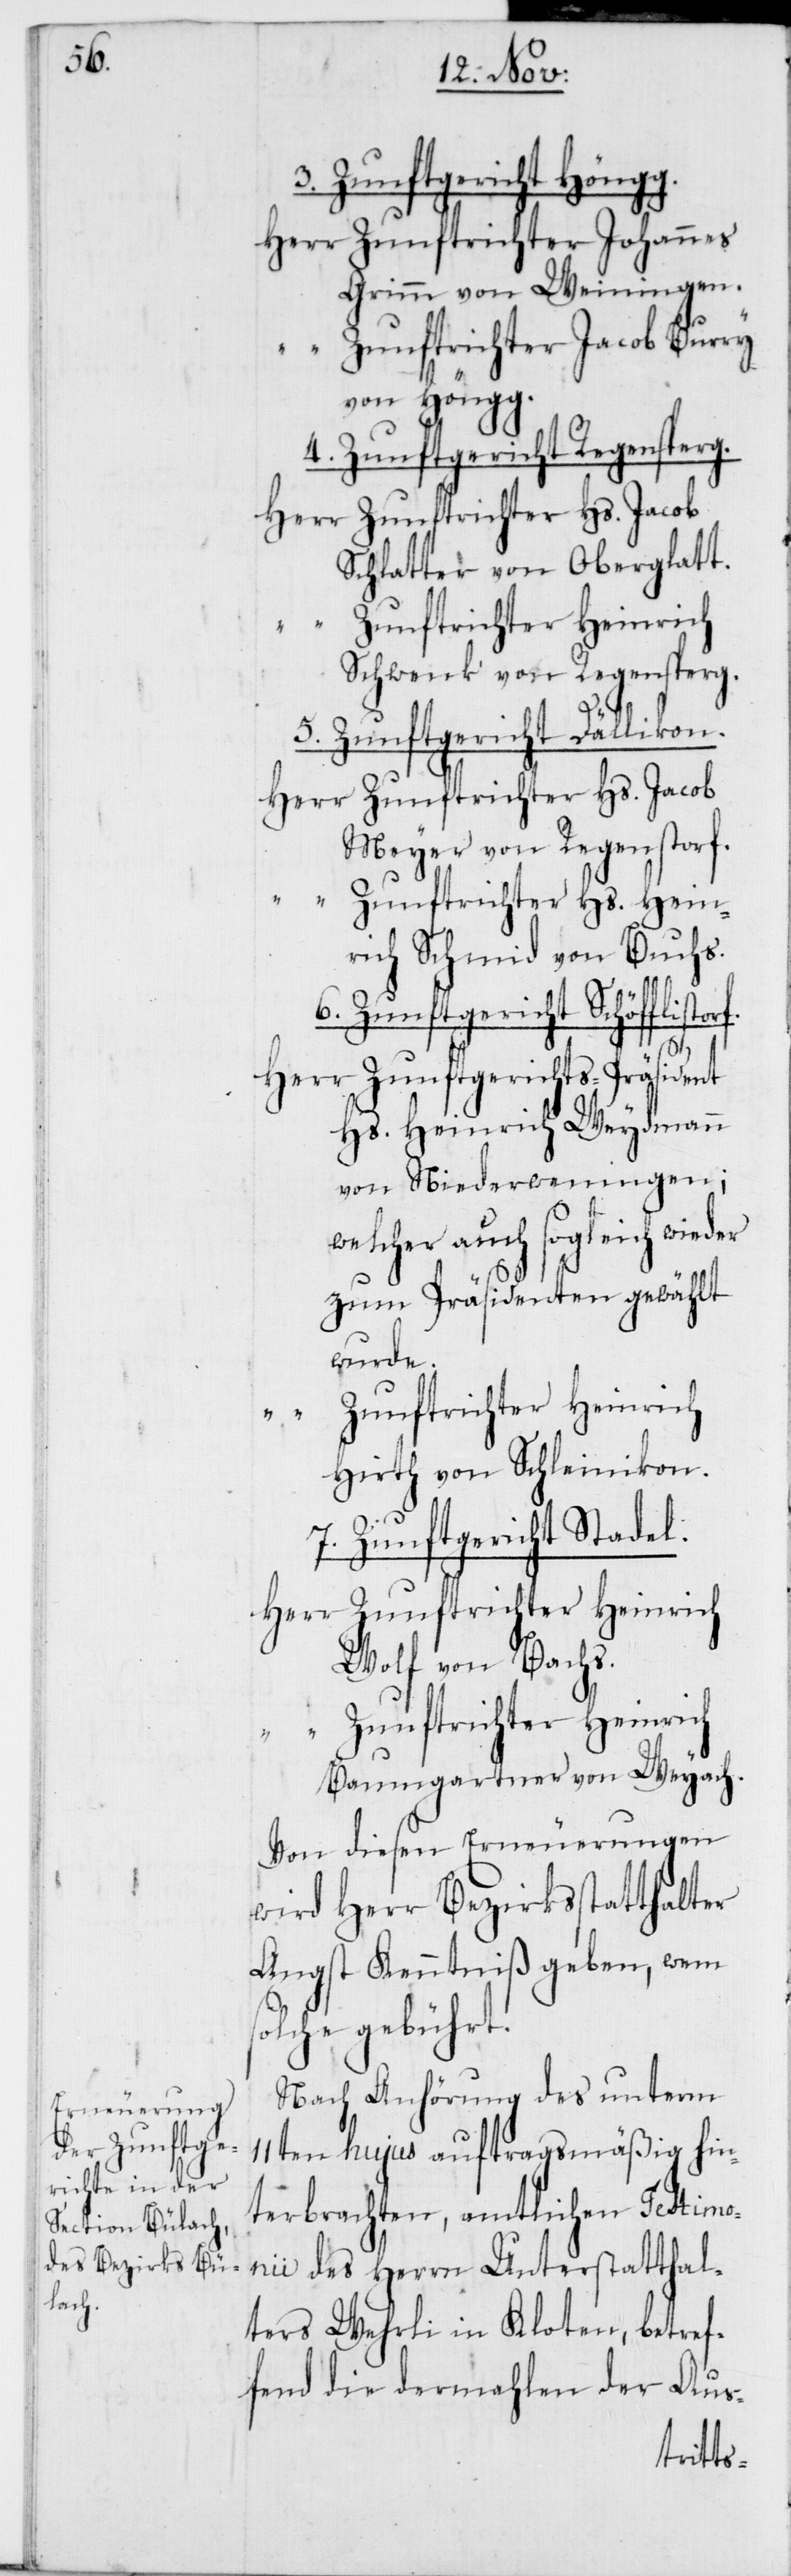
3. Zunftgericht Höngg.
Zunftrichter Johannes
Grimm von Weiningen.
Zunftrichter Jacob Burry
von Höngg.
4. Zunftgericht Regensperg.
Zunftrichter Hs. Jacob
Schlatter von Oberglatt.
Schwenk von Regensperg.
s¬
7.
5. Zunftgericht Dällikon.
Meyer von Regenstorf.
Zunftrichter Hs. Hein¬
rich Schmid von Buchs.
Zunftgerichts-Präsident
Hs. Heinrich Weydmann
von Niederweningen;
welcher auch sogleich wieder
zum Präsidenten gewählt
wurde.
Zunftrichter Heinrich
Hirth von Schleinikon.
Zunftgericht Stadel.
Wolf von Bachs.
Baumgartner von Weyach.
Von diesen Erneuerungen
wird Herr Bezirksstatthalter
Angst Kenntniß geben, wem
olche gebührt.
Nach Anhörung des unterm
11ten hujus auftragsmäßig hin¬
terbrachten, amtlichen Testimo¬
nii des Herrn Unterstatthal¬
ters Wehrli in Kloten, betref¬
fend die dermahlen der Aus-